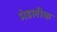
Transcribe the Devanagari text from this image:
मंडलीक